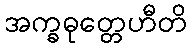
အက္ခဓုတ္တေဟီတိ